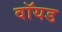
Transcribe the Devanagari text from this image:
वॉयड